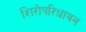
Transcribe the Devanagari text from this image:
शिरोपरिधावन